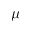
\mu